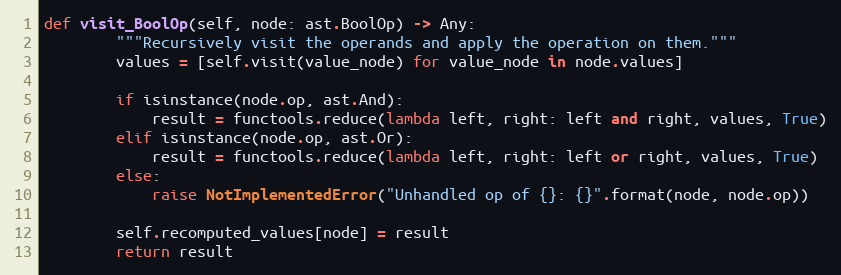
Language: Python
def visit_BoolOp(self, node: ast.BoolOp) -> Any:
        """Recursively visit the operands and apply the operation on them."""
        values = [self.visit(value_node) for value_node in node.values]

        if isinstance(node.op, ast.And):
            result = functools.reduce(lambda left, right: left and right, values, True)
        elif isinstance(node.op, ast.Or):
            result = functools.reduce(lambda left, right: left or right, values, True)
        else:
            raise NotImplementedError("Unhandled op of {}: {}".format(node, node.op))

        self.recomputed_values[node] = result
        return result